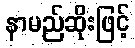
နာမည်ဆိုးဖြင့်